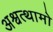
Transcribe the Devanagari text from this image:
अश्वत्थामो